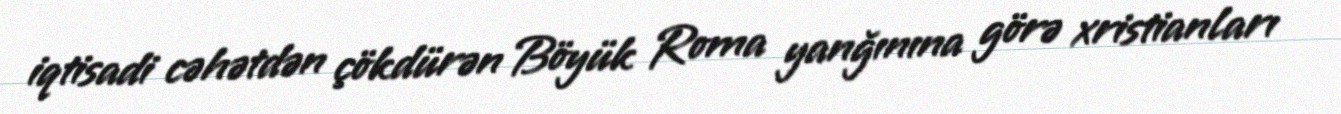
iqtisadi cəhətdən çökdürən Böyük Roma yanğınına görə xristianları